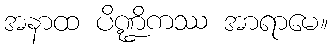
အနာထ ပိဏ္ဍိကဿ အာရာမေ။